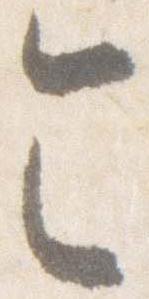
令